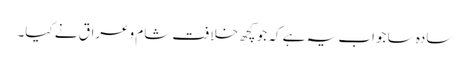
سادہ سا جواب یہ ہے کہ جو کچھ خلافت شام وعراق نے کیا۔